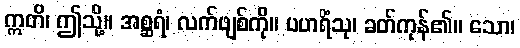
ဣတိ၊ ဤသို့။ အစ္ဆရံ၊ လက်ဖျစ်ကို။ ပဟရိံသု၊ ခတ်ကုန်၏။ သော၊